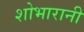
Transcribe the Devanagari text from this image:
शोभारानी